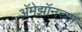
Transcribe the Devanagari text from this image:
अॅमेझॉनच्या